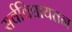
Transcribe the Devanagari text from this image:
सर्वविद्यायतन